Indian journal of veterinary science and animal husbandry - Volume 8,
Year: 1938
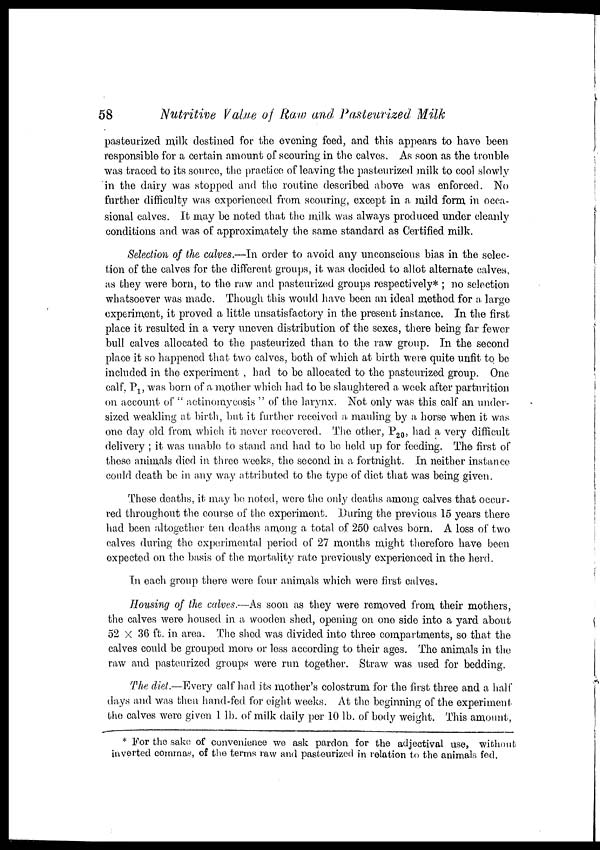
58
Nutritive Value of Raw and Pasteurized Milk
pasteurized milk destined for the evening feed, and this appears to have been
responsible for a certain amount of scouring in the calves. As soon as the trouble
was traced to its source, the practice of leaving the pasteurized milk to cool slowly
in the dairy was stopped and the routine described above was enforced. No
further difficulty was experienced from scouring, except in a mild form in occa-
sional calves. It may be noted that the milk was always produced under cleanly
conditions and was of approximately the same standard as Certified milk.
Selection of the calves.—In order to avoid any unconscious bias in the selec-
tion of the calves for the different groups, it was decided to allot alternate calves,
as they were born, to the raw and pasteurized groups respectively* ; no selection
whatsoever was made. Though this would have been an ideal method for a large
experiment, it proved a little unsatisfactory in the present instance. In the first
place it resulted in a very uneven distribution of the sexes, there being far fewer
bull calves allocated to the pasteurized than to the raw group. In the second
place it so happened that two calves, both of which at birth were quite unfit to be
included in the experiment , had to be allocated to the pasteurized group. One
calf, P 1 , was born of a mother which had to be slaughtered a week after parturition
on account of " actinomycosis " of the larynx. Not only was this calf an under-
sized weakling at birth, but it further received a mauling by a horse when it was
one day old from which it never recovered. The other, P 20 , had a very difficult
delivery ; it was unable to stand and had to be held up for feeding. The first of
these animals died in three weeks, the second in a fortnight. In neither instance
could death be in any way attributed to the type of diet that was being given.
These deaths, it may be noted, were the only deaths among calves that occur-
red throughout the course of the experiment. During the previous 15 years there
had been altogether ten deaths among a total of 250 calves born. A loss of two
calves during the experimental period of 27 months might therefore have been
expected on the basis of the mortality rate previously experienced in the herd.
In each group there were four animals which were first calves.
Housing of the calves.—As soon as they were removed from their mothers,
the calves were housed in a wooden shed, opening on one side into a yard about
52 × 36 ft. in area. The shed was divided into three compartments, so that the
calves could be grouped more or less according to their ages. The animals in the
raw and pasteurized groups were run together. Straw was used for bedding.
The diet.—Every calf had its mother's colostrum for the first three and a half
days and was then hand-fed. for eight weeks. At the beginning of the experiment
the calves were given 1 lb. of milk daily per 10 lb. of body weight. This amount,
* For the sake of convenience we ask pardon for the adjectival use, without
inverted commas, of the terms raw and pasteurized in relation to the animals fed.